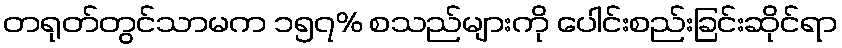
တရုတ်တွင်သာမက ၁၅၇% စသည်များကို ပေါင်းစည်းခြင်းဆိုင်ရာ